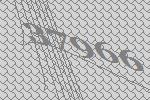
37966